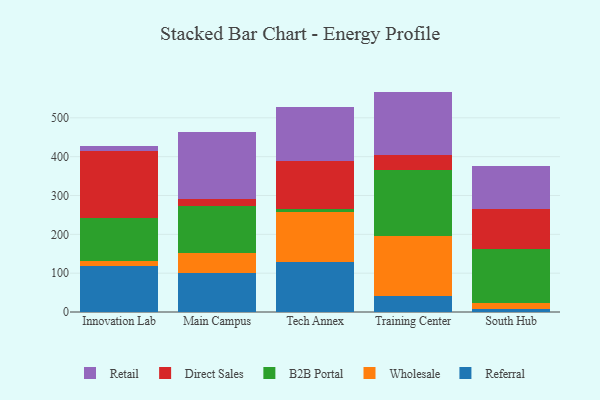
{"axis": {"x": "Campus", "y": "Backlog"}, "legend": ["B2B Portal", "Direct Sales", "Referral", "Retail", "Wholesale"], "data": [{"x": "Innovation Lab", "y": 117.5, "type": "Referral"}, {"x": "Innovation Lab", "y": 13.0, "type": "Wholesale"}, {"x": "Innovation Lab", "y": 111.7, "type": "B2B Portal"}, {"x": "Innovation Lab", "y": 171.8, "type": "Direct Sales"}, {"x": "Innovation Lab", "y": 13.4, "type": "Retail"}, {"x": "Main Campus", "y": 99.5, "type": "Referral"}, {"x": "Main Campus", "y": 53.0, "type": "Wholesale"}, {"x": "Main Campus", "y": 119.9, "type": "B2B Portal"}, {"x": "Main Campus", "y": 17.8, "type": "Direct Sales"}, {"x": "Main Campus", "y": 172.5, "type": "Retail"}, {"x": "Tech Annex", "y": 129.4, "type": "Referral"}, {"x": "Tech Annex", "y": 127.7, "type": "Wholesale"}, {"x": "Tech Annex", "y": 7.1, "type": "B2B Portal"}, {"x": "Tech Annex", "y": 123.4, "type": "Direct Sales"}, {"x": "Tech Annex", "y": 140.3, "type": "Retail"}, {"x": "Training Center", "y": 41.3, "type": "Referral"}, {"x": "Training Center", "y": 153.7, "type": "Wholesale"}, {"x": "Training Center", "y": 169.4, "type": "B2B Portal"}, {"x": "Training Center", "y": 39.4, "type": "Direct Sales"}, {"x": "Training Center", "y": 163.7, "type": "Retail"}, {"x": "South Hub", "y": 8.0, "type": "Referral"}, {"x": "South Hub", "y": 16.1, "type": "Wholesale"}, {"x": "South Hub", "y": 136.9, "type": "B2B Portal"}, {"x": "South Hub", "y": 104.2, "type": "Direct Sales"}, {"x": "South Hub", "y": 110.6, "type": "Retail"}]}